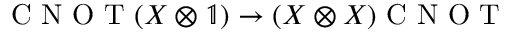
\mathrm { ~ C ~ N ~ O ~ T ~ } ( X \otimes \mathbb { 1 } ) \to ( X \otimes X ) \mathrm { ~ C ~ N ~ O ~ T ~ }